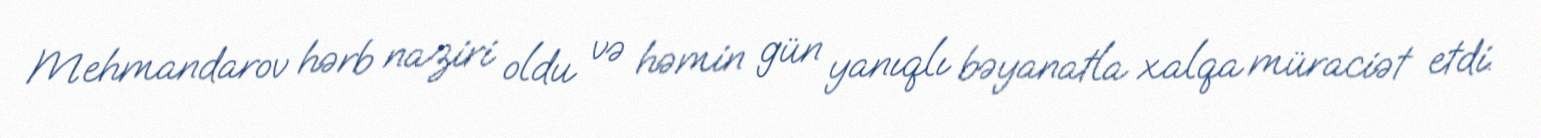
Mehmandarov hərb naziri oldu və həmin gün yanıqlı bəyanatla xalqa müraciət etdi.